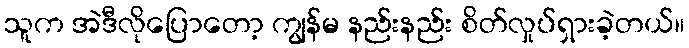
သူက အဲဒီလိုပြောတော့ ကျွန်မ နည်းနည်း စိတ်လှုပ်ရှားခဲ့တယ်။